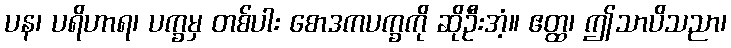
ပန၊ ပရိဟာရ၊ ပက္ခမှ တစ်ပါး စောဒကပက္ခကို ဆိုဦးအံ့။ ဧတ္ထ၊ ဤသာပိသညာ၊